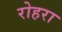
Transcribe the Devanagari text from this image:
रोहरा